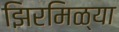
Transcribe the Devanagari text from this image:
झिरमिळ्या